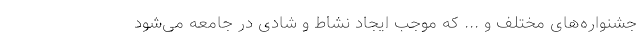
جشنواره‌های مختلف و ... که موجب ایجاد نشاط و شادی در جامعه می‌شود